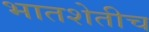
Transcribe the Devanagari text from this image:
भातशेतीच